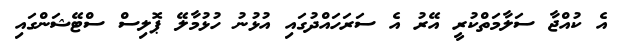
އެ ކުއްޖާ ސަލާމަތްކުރީ އޭރު އެ ސަރަހައްދުގައި އުޅުނު ހުޅުމާލޭ ޕޮލިސް ސްޓޭޝަންގައި